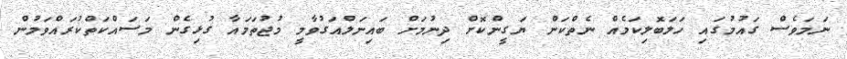
ނަމަވެސް ގައުމުގައި ހަލަބޮލިކަމެއް ނެތްކަން ޔަގީންކޮށް ދިނުމަށް ބައިނަލްއަގުވާމީ މުޖުތަމައާ ގުޅިގެން މަސައްކަތްކުރައްވަމުން